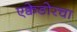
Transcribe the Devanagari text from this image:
एक्वेडोरचा